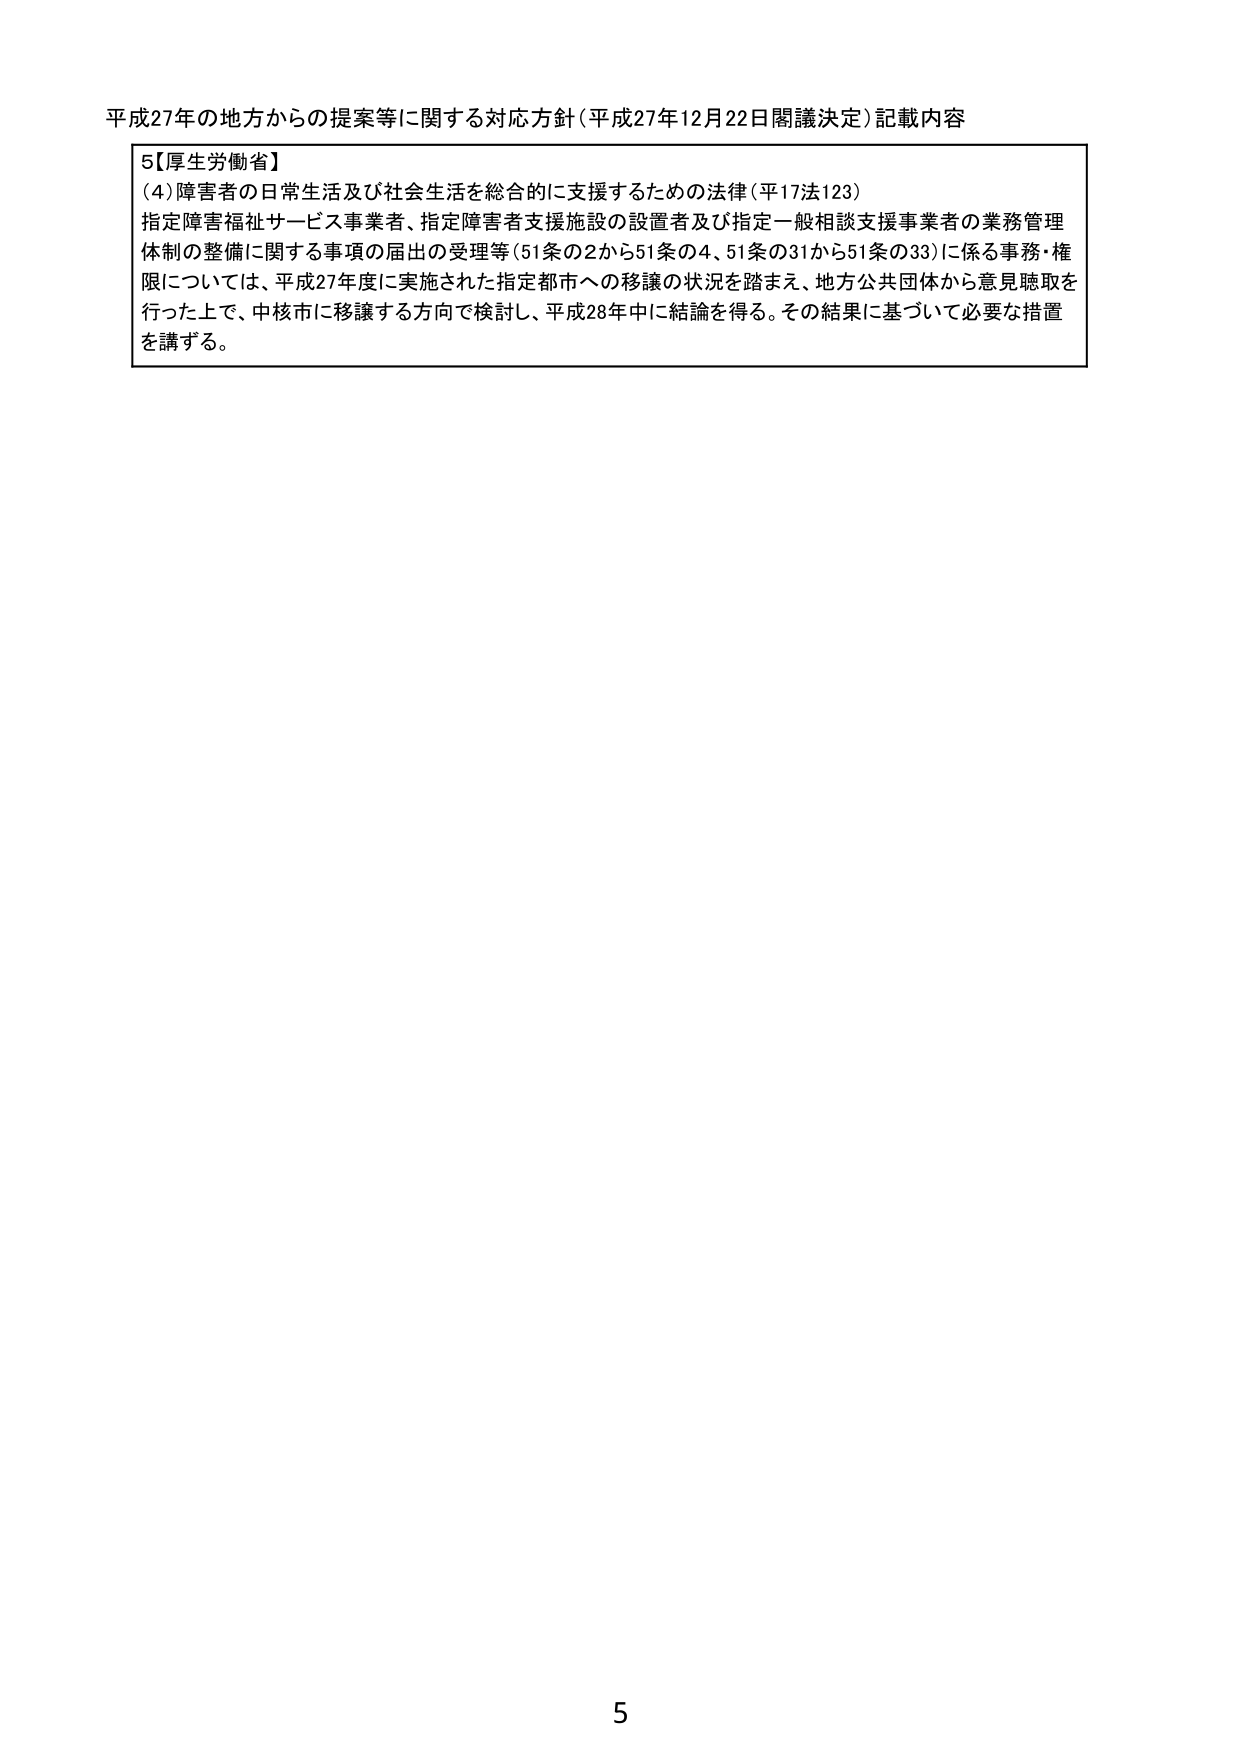
平成27年の地方からの提案等に関する対応方針（平成27年12月22日閣議決定）記載内容

5【厚生労働省】
(4) 障害者の日常生活及び社会生活を総合的に支援するための法律（平17法123）
指定障害福祉サービス事業者、指定障害者支援施設の設置者及び指定一般相談支援事業者の業務管理体制の整備に関する事項の届出の受理等（51条の2から51条の4、51条の31から51条の33）に係る事務・権限については、平成27年度に実施された指定都市への移譲の状況を踏まえ、地方公共団体から意見聴取を行った上で、中核市に移譲する方向で検討し、平成28年中に結論を得る。その結果に基づいて必要な措置を講ずる。

5